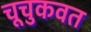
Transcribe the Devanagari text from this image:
चूचुकवत